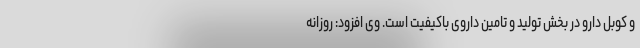
و کوبل دارو در بخش تولید و تامین داروی باکیفیت است. وی افزود: روزانه